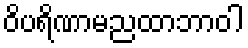
ဝိပရိဏာမညထာဘာဝါ